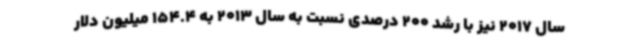
سال 2017 نیز با رشد 200 درصدی نسبت به سال 2013 به 154.4 میلیون دلار